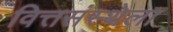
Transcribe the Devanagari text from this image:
वित्तसंस्थेला